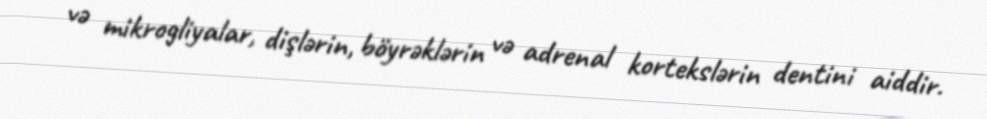
və mikrogliyalar, dişlərin, böyrəklərin və adrenal kortekslərin dentini aiddir.